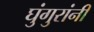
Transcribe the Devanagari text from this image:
घुंगुरांनी